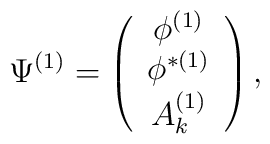
\Psi^{(1)} = \left(\begin{array}{c} \phi^{(1)} \\ \phi^{\ast (1)} \\ A_{k}^{(1)} \end{array} \right),